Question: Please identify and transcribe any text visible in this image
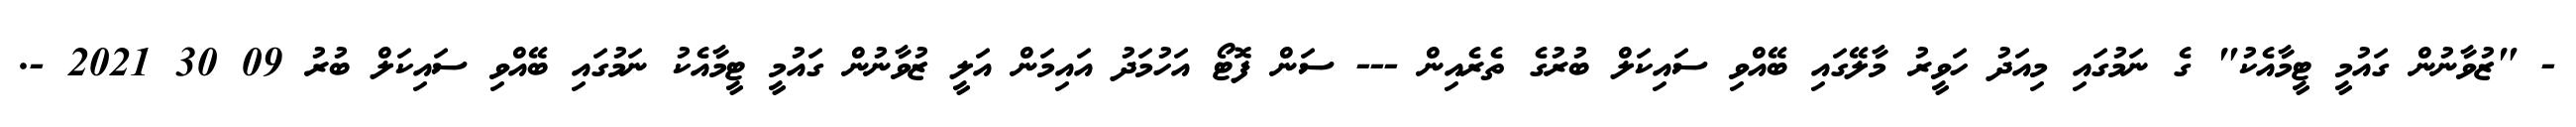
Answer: - "ޒުވާނުން ގައުމީ ޓީމާއެކު" ގެ ނަމުގައި މިއަދު ހަވީރު މާލޭގައި ބޭއްވި ސައިކަލް ބުރުގެ ތެރެއިން --- ސަން ފޮޓޯ އަހުމަދު އައިމަން އަލީ ޒުވާނުން ގައުމީ ޓީމާއެކު ނަމުގައި ބޭއްވި ސައިކަލް ބުރު 09 30 2021 -.